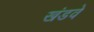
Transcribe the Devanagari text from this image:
खंडवे